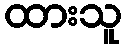
ထားသူ